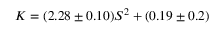
K = ( 2 . 2 8 \pm 0 . 1 0 ) S ^ { 2 } + ( 0 . 1 9 \pm 0 . 2 )